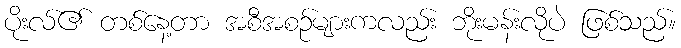
ပိုးလ်၏ တစ်နေ့တာ အစီအစဉ်များကလည်း ဘိုးမန်းလိုပဲ ဖြစ်သည်။